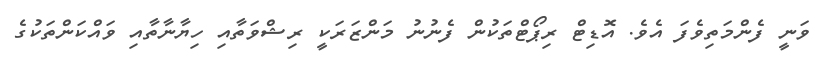
ވަނީ ފެންމަތިވެފަ އެވެ. އޮޑިޓް ރިޕޯޓްތަކުން ފެނުނު މަންޒަރަކީ ރިޝްވަތާއި ހިޔާނާތާއި ވައްކަންތަކުގެ